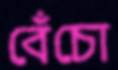
বেঁচো